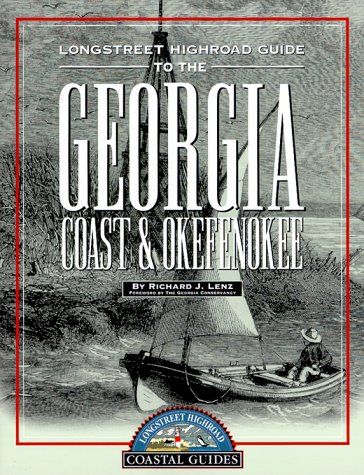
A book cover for Longstreet Highroad Guide to the Georgia Coast & Okefenokee (Longstreet Highroad Coastal Guides); Richard J. Lenz; Travel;